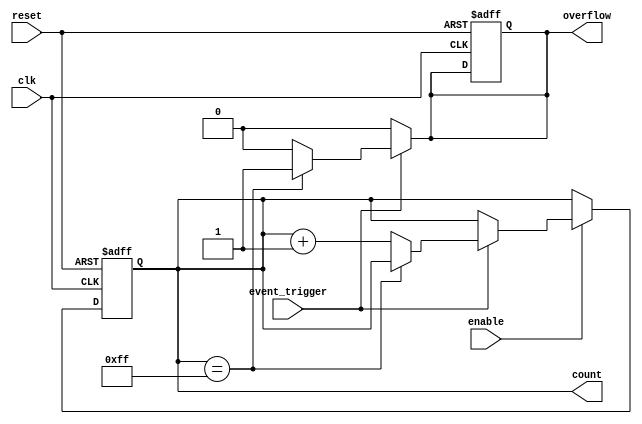
module event_triggered_counter #(
    parameter N = 8  // Parameter for count register size (N bits)
)(
    input wire clk,             // Clock input
    input wire reset,           // Asynchronous reset signal
    input wire event_trigger,    // Event trigger signal
    input wire enable,          // Optional enable signal
    output reg [N-1:0] count,   // Count output
    output reg overflow         // Overflow indicator
);

    // Internal signal to hold the next count value
    reg [N-1:0] next_count;

    // Asynchronous reset and counting logic
    always @(posedge clk or posedge reset) begin
        if (reset) begin
            count <= 0;          // Reset the count to zero
            overflow <= 0;       // Clear overflow
        end else if (enable) begin
            count <= next_count; // Update the count register
        end
    end

    // Count logic based on event_trigger
    always @(*) begin
        if (event_trigger) begin
            // Check for overflow condition
            if (count == {N{1'b1}}) begin  // Max value for N bits
                next_count = count;       // Hold current count
                overflow = 1;              // Set overflow flag
            end else begin
                next_count = count + 1;   // Increment count
                overflow = 0;              // Clear overflow flag
            end
        end else begin
            next_count = count;           // Hold current count if no event
            overflow = 0;                  // Clear overflow flag
        end
    end

endmodule